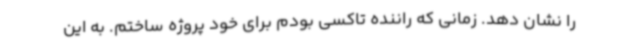
را نشان دهد. زمانی که راننده تاکسی بودم برای خود پروژه ساختم. به این